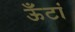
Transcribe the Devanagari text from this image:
ऊँटां